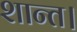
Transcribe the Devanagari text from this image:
शान्त।